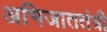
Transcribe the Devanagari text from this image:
अभिजाततंत्री